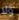
ولا